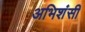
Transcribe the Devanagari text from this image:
अभिशंसी